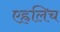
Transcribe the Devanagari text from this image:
एह्रलिच